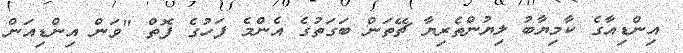
އިންޑިއާގެ ކާމިޔާބު ލިޔުންތެރިޔާ ޗޭތަން ބަގަތުގެ އެންމެ ފަހުގެ ފޮތް "ވަން އިންޑިއަން